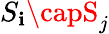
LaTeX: S_{\mathbf{i}}\capS_{j}